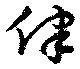
律